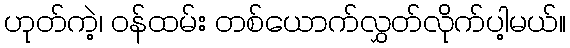
ဟုတ်ကဲ့၊ ဝန်ထမ်း တစ်ယောက်လွှတ်လိုက်ပါ့မယ်။